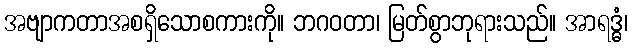
အဗျာကတာအစရှိသောစကားကို။ ဘဂဝတာ၊ မြတ်စွာဘုရားသည်။ အာရဒ္ဓံ၊